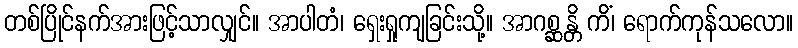
တစ်ပြိုင်နက်အားဖြင့်သာလျှင်။ အာပါတံ၊ ရှေးရှုကျခြင်းသို့။ အာဂစ္ဆန္တိ ကိံ၊ ရောက်ကုန်သလော။